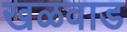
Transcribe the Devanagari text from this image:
खळवाड